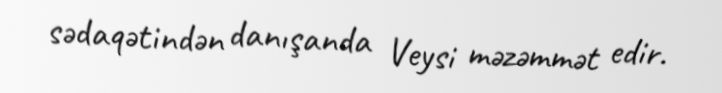
sədaqətindən danışanda Veysi məzəmmət edir.